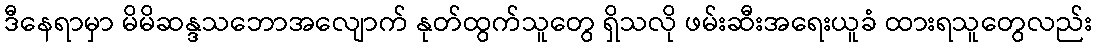
ဒီနေရာမှာ မိမိဆန္ဒသဘောအလျောက် နုတ်ထွက်သူတွေ ရှိသလို ဖမ်းဆီးအရေးယူခံ ထားရသူတွေလည်း